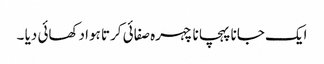
ایک جانا پہچانا چہرہ صفائی کرتا ہوا دکھائی دیا ۔